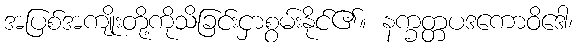
အပြစ်အကျိုးတို့ကိုသိခြင်းငှာစွမ်းနိုင်၏။ နက္ခတ္တပဒကောဝိဒေါ၊